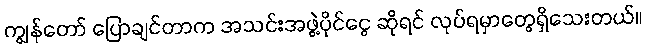
ကျွန်တော် ပြောချင်တာက အသင်းအဖွဲ့ပိုင်ငွေ ဆိုရင် လုပ်ရမှာတွေရှိသေးတယ်။